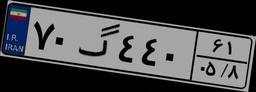
۷۰گ۴۴۰۶۱